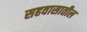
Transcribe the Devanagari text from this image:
सहवासातील